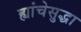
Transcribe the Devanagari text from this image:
ह्यांचेसुद्धा